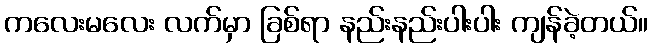
ကလေးမလေး လက်မှာ ခြစ်ရာ နည်းနည်းပါးပါး ကျန်ခဲ့တယ်။